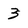
Character: 3